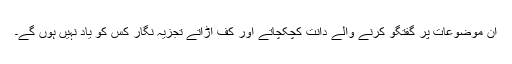
ان موضوعات پر گفتگو کرنے والے دانت کچکچاتے اور کف اڑاتے تجزیہ نگار کس کو یاد نہیں ہوں گے۔